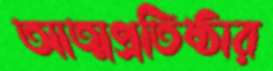
আত্মপ্রতিষ্ঠার